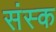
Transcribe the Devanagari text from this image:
संस्क